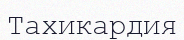
Тахикардия